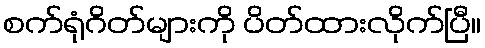
စက်ရုံဂိတ်များကို ပိတ်ထားလိုက်ပြီ။